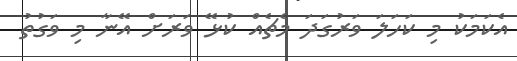
އެކަމަކު މި ކަހަލަ ވަރުގަދަ މެޗެއް ކުޅޭ ވަރަށް އޭނާ މި ވަގުތު